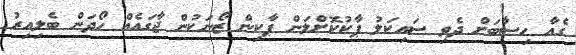
ގެއާ ހިސާބަށް ދެވި ސައިކަލު ޕާކުކޮށްލަން ޕާކިން ޒޯނަކުން ޖާގައެއް ހޯދަން ބެލިއިރު